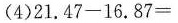
（4）21.47-16.87=